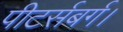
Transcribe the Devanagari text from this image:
पीटर्सबर्ग।